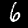
Label: 6